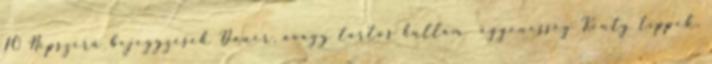
10 Népszerű bejegyzések Dauer, avagy tartós hullám egyenesség Konty tippek,